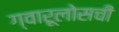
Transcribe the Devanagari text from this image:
ग्वारूलोसची